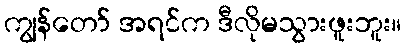
ကျွန်တော် အရင်က ဒီလိုမသွားဖူးဘူး။